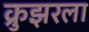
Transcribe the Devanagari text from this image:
क्रुझरला